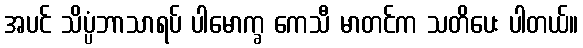
အပင် သိပ္ပံဘာသာရပ် ပါမောက္ခ ကေသီ မာတင်က သတိပေး ပါတယ်။